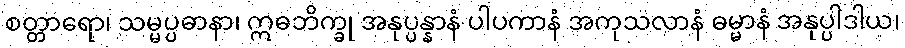
စတ္တာရော၊ သမ္မပ္ပဓာနာ၊ ဣဓဘိက္ခု အနုပ္ပန္နာနံ ပါပကာနံ အကုသလာနံ ဓမ္မာနံ အနုပ္ပါဒါယ၊